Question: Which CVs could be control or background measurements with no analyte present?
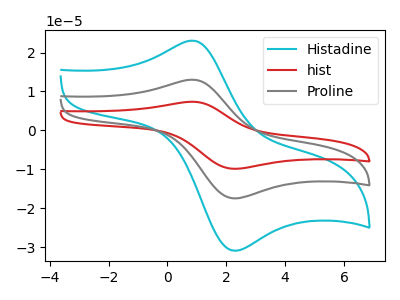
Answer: <think>The cyan curve "Histadine" has an anodic peak at (0.85V, 23.05uA) and a cathodic peak at (2.25V, -30.90uA). The red curve "hist" has an anodic peak at (0.85V, 26.05uA) and a cathodic peak at (2.25V, -34.90uA). The gray curve "Proline" has an anodic peak at (0.85V, 13.00uA) and a cathodic peak at (2.25V, -17.45uA).</think>
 <answer>There are not any CV's on this graph that are likely to be blanks.</answer>
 <eval>none</eval>